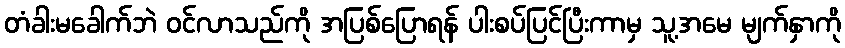
တံခါးမခေါက်ဘဲ ဝင်လာသည်ကို အပြစ်ပြောရန် ပါးစပ်ပြင်ပြီးကာမှ သူ့အမေ မျက်နှာကို